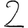
Digit: 2